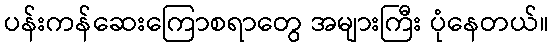
ပန်းကန်ဆေးကြောစရာတွေ အများကြီး ပုံနေတယ်။